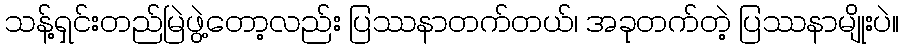
သန့်ရှင်းတည်မြဲဖွဲ့တော့လည်း ပြဿနာတက်တယ်၊ အခုတက်တဲ့ ပြဿနာမျိုးပဲ။